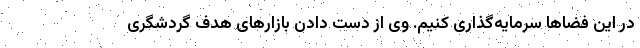
در این فضاها سرمایه‌گذاری کنیم. وی از دست دادن بازارهای هدف گردشگری